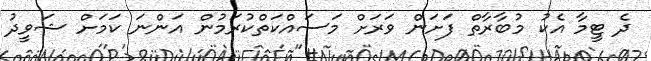
ދެ ޓީމާ އެކު މުބާރާތް ފަށަން ވަރަށް މަސައްކަތްކުރަމުން އަންނަ ކަމަށް ޝަވީދު